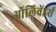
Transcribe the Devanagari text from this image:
ऑलिवेंडर्स